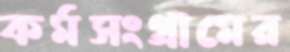
কর্মসংগ্রামের